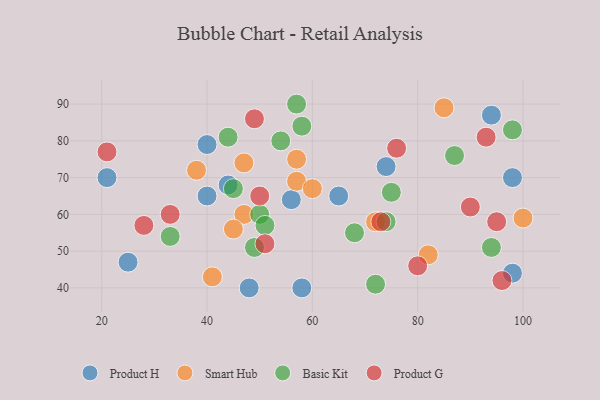
{"axis": {"x": "GDP", "y": "Life Expectancy"}, "legend": ["Basic Kit", "Product G", "Product H", "Smart Hub"], "data": [{"x": "94", "y": 87, "type": "Product H"}, {"x": "25", "y": 47, "type": "Product H"}, {"x": "40", "y": 65, "type": "Product H"}, {"x": "98", "y": 70, "type": "Product H"}, {"x": "65", "y": 65, "type": "Product H"}, {"x": "58", "y": 40, "type": "Product H"}, {"x": "74", "y": 73, "type": "Product H"}, {"x": "44", "y": 68, "type": "Product H"}, {"x": "98", "y": 44, "type": "Product H"}, {"x": "40", "y": 79, "type": "Product H"}, {"x": "21", "y": 70, "type": "Product H"}, {"x": "56", "y": 64, "type": "Product H"}, {"x": "48", "y": 40, "type": "Product H"}, {"x": "100", "y": 59, "type": "Smart Hub"}, {"x": "47", "y": 60, "type": "Smart Hub"}, {"x": "72", "y": 58, "type": "Smart Hub"}, {"x": "57", "y": 69, "type": "Smart Hub"}, {"x": "60", "y": 67, "type": "Smart Hub"}, {"x": "82", "y": 49, "type": "Smart Hub"}, {"x": "47", "y": 74, "type": "Smart Hub"}, {"x": "41", "y": 43, "type": "Smart Hub"}, {"x": "45", "y": 56, "type": "Smart Hub"}, {"x": "85", "y": 89, "type": "Smart Hub"}, {"x": "38", "y": 72, "type": "Smart Hub"}, {"x": "57", "y": 75, "type": "Smart Hub"}, {"x": "68", "y": 55, "type": "Basic Kit"}, {"x": "72", "y": 41, "type": "Basic Kit"}, {"x": "54", "y": 80, "type": "Basic Kit"}, {"x": "75", "y": 66, "type": "Basic Kit"}, {"x": "58", "y": 84, "type": "Basic Kit"}, {"x": "33", "y": 54, "type": "Basic Kit"}, {"x": "87", "y": 76, "type": "Basic Kit"}, {"x": "50", "y": 60, "type": "Basic Kit"}, {"x": "49", "y": 51, "type": "Basic Kit"}, {"x": "98", "y": 83, "type": "Basic Kit"}, {"x": "57", "y": 90, "type": "Basic Kit"}, {"x": "74", "y": 58, "type": "Basic Kit"}, {"x": "94", "y": 51, "type": "Basic Kit"}, {"x": "44", "y": 81, "type": "Basic Kit"}, {"x": "51", "y": 57, "type": "Basic Kit"}, {"x": "45", "y": 67, "type": "Basic Kit"}, {"x": "49", "y": 86, "type": "Product G"}, {"x": "73", "y": 58, "type": "Product G"}, {"x": "21", "y": 77, "type": "Product G"}, {"x": "33", "y": 60, "type": "Product G"}, {"x": "90", "y": 62, "type": "Product G"}, {"x": "80", "y": 46, "type": "Product G"}, {"x": "95", "y": 58, "type": "Product G"}, {"x": "76", "y": 78, "type": "Product G"}, {"x": "28", "y": 57, "type": "Product G"}, {"x": "96", "y": 42, "type": "Product G"}, {"x": "51", "y": 52, "type": "Product G"}, {"x": "93", "y": 81, "type": "Product G"}, {"x": "50", "y": 65, "type": "Product G"}]}